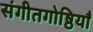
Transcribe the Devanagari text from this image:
संगीतगोष्ठियाँ